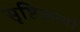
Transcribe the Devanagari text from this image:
सृष्टिकर्त्या